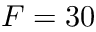
F = 3 0